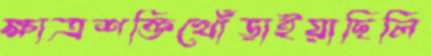
ক্ষাত্রশক্তিখোঁড়াইয়াছিলি